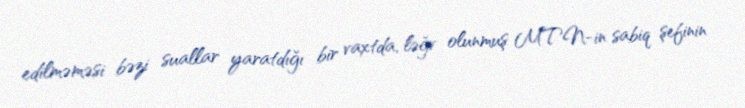
edilməməsi bəzi suallar yaratdığı bir vaxtda, ləğv olunmuş MTN-in sabiq şefinin